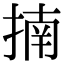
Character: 揇